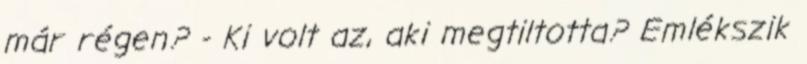
már régen? - Ki volt az, aki megtiltotta? Emlékszik